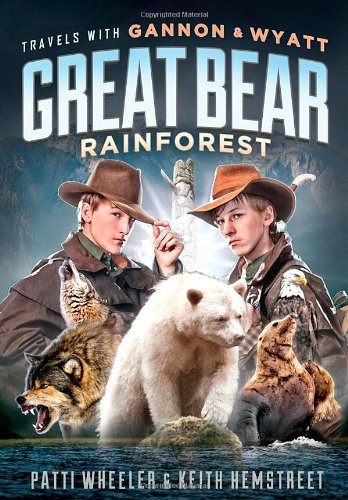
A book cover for Travels with Gannon and Wyatt: Great Bear Rainforest; Patti Wheeler; Travel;